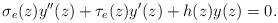
LaTeX: \begin{align*}\sigma_{e}(z)y''(z)+\tau_{e}(z)y'(z)+h(z)y(z)=0.\end{align*}